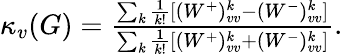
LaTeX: \begin{array}{r}{\kappa_{v}(G)=\frac{\sum_{k}\frac{1}{k!}[(W^{+})_{vv}^{k}-(W^{-})_{vv}^{k}]}{\sum_{k}\frac{1}{k!}[(W^{+})_{vv}^{k}+(W^{-})_{vv}^{k}]}.}\end{array}